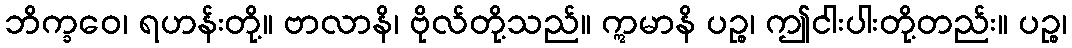
ဘိက္ခဝေ၊ ရဟန်းတို့။ ဗာလာနိ၊ ဗိုလ်တို့သည်။ ဣမာနိ ပဉ္စ၊ ဤငါးပါးတို့တည်း။ ပဉ္စ၊